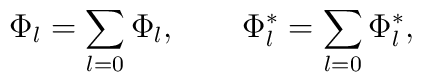
\Phi _{l}=\sum\limits_{l=0}\Phi _{l},\qquad \Phi _{l}^{\ast}=\sum\limits_{l=0}\Phi _{l}^{\ast },